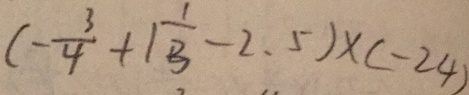
( - \frac { 3 } { 4 } + 1 \frac { 1 } { 3 } - 2 . 5 ) \times ( - 2 4 )